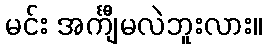
မင်း အင်္ကျီမလဲဘူးလား။